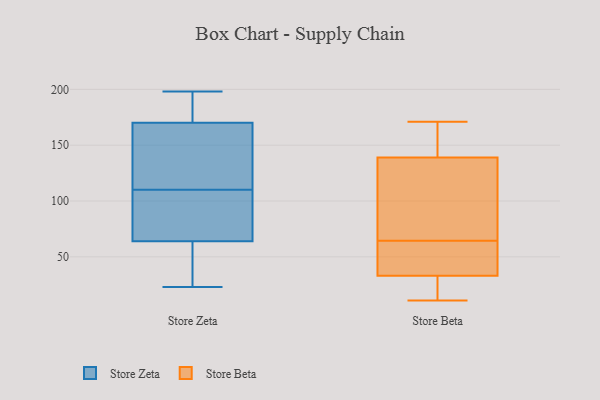
{"axis": {"x": "Tickets Resolved", "y": "Value"}, "legend": ["Store Beta", "Store Zeta"], "data": [{"x": "", "y": 64, "type": "Store Zeta"}, {"x": "", "y": 159, "type": "Store Zeta"}, {"x": "", "y": 81, "type": "Store Zeta"}, {"x": "", "y": 64, "type": "Store Zeta"}, {"x": "", "y": 180, "type": "Store Zeta"}, {"x": "", "y": 130, "type": "Store Zeta"}, {"x": "", "y": 198, "type": "Store Zeta"}, {"x": "", "y": 180, "type": "Store Zeta"}, {"x": "", "y": 170, "type": "Store Zeta"}, {"x": "", "y": 44, "type": "Store Zeta"}, {"x": "", "y": 72, "type": "Store Zeta"}, {"x": "", "y": 153, "type": "Store Zeta"}, {"x": "", "y": 23, "type": "Store Zeta"}, {"x": "", "y": 90, "type": "Store Zeta"}, {"x": "", "y": 171, "type": "Store Beta"}, {"x": "", "y": 11, "type": "Store Beta"}, {"x": "", "y": 74, "type": "Store Beta"}, {"x": "", "y": 42, "type": "Store Beta"}, {"x": "", "y": 84, "type": "Store Beta"}, {"x": "", "y": 11, "type": "Store Beta"}, {"x": "", "y": 41, "type": "Store Beta"}, {"x": "", "y": 33, "type": "Store Beta"}, {"x": "", "y": 140, "type": "Store Beta"}, {"x": "", "y": 126, "type": "Store Beta"}, {"x": "", "y": 55, "type": "Store Beta"}, {"x": "", "y": 25, "type": "Store Beta"}, {"x": "", "y": 139, "type": "Store Beta"}, {"x": "", "y": 141, "type": "Store Beta"}]}